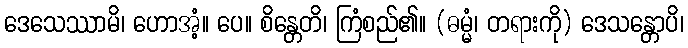
ဒေသေဿာမိ၊ ဟောအံ့။ ပေ။ စိန္တေတိ၊ ကြံစည်၏။ (ဓမ္မံ၊ တရားကို) ဒေသန္တောပိ၊